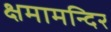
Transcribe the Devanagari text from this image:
क्षमामन्दिर